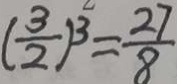
( \frac { 3 } { 2 } ) ^ { 3 } = \frac { 2 7 } { 8 }